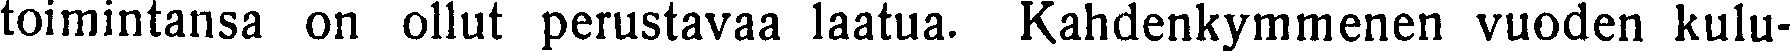
toimintansa on ollut perustavaa laatua. Kahdenkymmenen vuoden kulu-